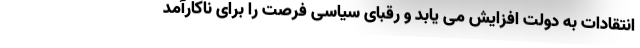
انتقادات به دولت افزایش می یابد و رقبای سیاسی فرصت را برای ناکارآمد